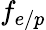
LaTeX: f_{e/p}